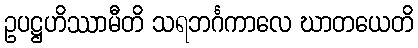
ဥပဋ္ဌဟိဿာမီတိ သရဘင်္ဂကာလေ ဃာတယေတိ